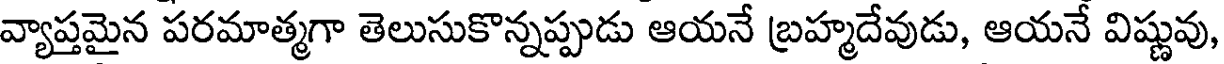
వ్యాప్తమైన పరమాత్మగా తెలుసుకొన్నప్పుడు ఆయనే బ్రహ్మదేవుడు, ఆయనే విష్ణువు,